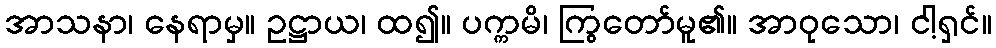
အာသနာ၊ နေရာမှ။ ဥဋ္ဌာယ၊ ထ၍။ ပက္ကမိ၊ ကြွတော်မူ၏။ အာဝုသော၊ ငါ့ရှင်။